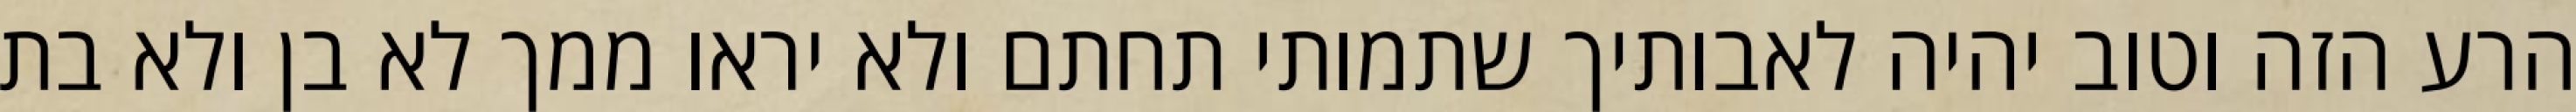
הרע הזה וטוב יהיה לאבותיך שתמותי תחתם ולא יראו ממך לא בן ולא בת